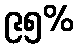
၉၅%